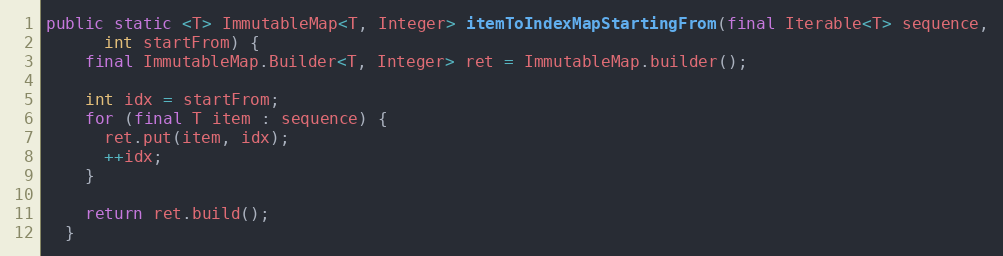
Language: Java
public static <T> ImmutableMap<T, Integer> itemToIndexMapStartingFrom(final Iterable<T> sequence,
      int startFrom) {
    final ImmutableMap.Builder<T, Integer> ret = ImmutableMap.builder();

    int idx = startFrom;
    for (final T item : sequence) {
      ret.put(item, idx);
      ++idx;
    }

    return ret.build();
  }